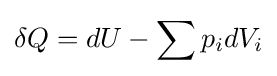
\delta Q=dU-\sum p_{i}dV_{i}